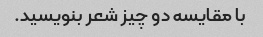
با مقایسه دو چیز شعر بنویسید.